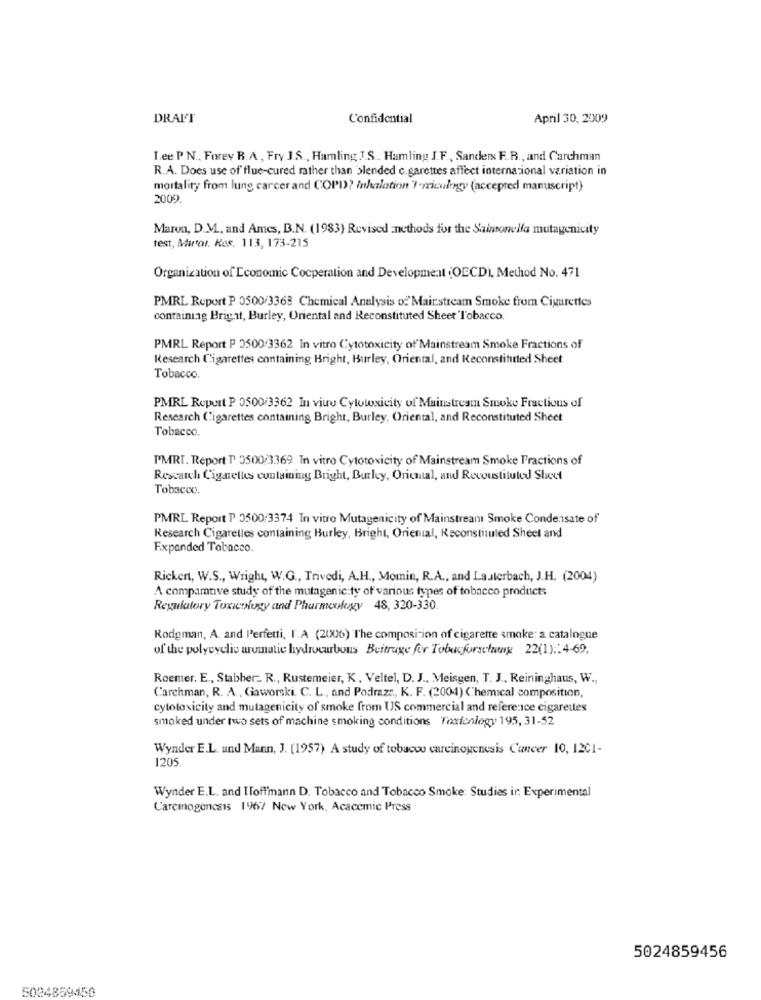
DRAL'T
Confidential
April 30, 2009
Lee P N ., Forev R.A, Fry J.S ., Hamling J.S. Hamling J.F ., Sanders F.R ., and Carchman
R.A. Does use of flue-cured rather than blended c.garettes affect internacional variation in
mortality from lung carcer and COPD? Inhalation 'I -rriculogy (accepted manuscript)
2009.
Maron, D.M ., and Ames, B.N. (1983) Revised :methods for the Saintonelfa mutagenicity
test, Murtal. Kes. 113, 173-215
Organization of Economic Cooperation and Development (OECD), Method No. 471
PMRL Report P 0500/3368 Chemical Analysis of Mairstream Smoke from Cigarettes
containing Bright, Burley, Oriental and Reconstituted Sheet 'Tobacco.
PMRL Report P 3500/3362 In vitro Cytotoxicity of'Mainstream Smoke Fractions of
Research Cigarettes containing Bright, Burley, Oriental, and Reconstituted Sheet
Tobacco.
PMRL Report P 0500/3362 In viu Cytotoxicity of Mainstream Smoke Fractions of
Research Cigarettes containing Bright, Burley, Oriental, and Reconstituted Sheet
Tobacco.
PMRT. Report T 3500/3369 In vitro Cytotoxicity of Mainstream Smoke Fractions of
Research Cigarettes containing Bright, Burley, Oriental, and Recoustituted Sheet
Tobacco.
PMRL Report P 3500:3374 In vitro Mutagenicity of Mainstream Smoke Condensate of
Research Cigarelles containing Burley, Bright, Oriental, Reconstituted Sheet and
Expanded Tobacco.
Rickert, W.S ., Wright, W.G ., Trivedi, A.H ., Momin, R.A ., and Lauterbach, J.H. (2004)
A comparative study of the mutagenic:ty of various types of tobacco products
Regulatory Toxicology and Phurmology 48, 320-330.
Rodgman, A. and Perfetti, I.A (2006) The composition of cigarette smoke: a catalogue
of the polycyclic aromatic hydrocarbons Beitrage for Tobacforschung 22(1): 4-69.
Roemer. E ., Stabher .. R ., Rustemeier, K, Veltel, D. J ., Meisgen, T. J ., Reininghaus, W .,
Carchman, R. A ., Gaworski. C. L ., and Podrazz, K. F. (2004) Chemical composition,
cytotoxicity and mutagenicity of smoke from US commercial and reference cigarettes
smoked under two sets of machine smoking conditions Taxionlogy 195, 31-52
Wynder E.L. und Mann, J. (1957) A study of tobacco carcinogenesis Cancer 10, 12CI-
1205
Wynder E.L. and IToffmann D. Tobacco and Tobacco Smoke: Studies ir: Experimental
Carcinogenesis 1967 New York, Acacemic Press
5024859456
5024859450